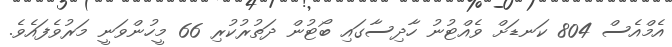
އެމްއެސް 804 ކަނޑަށް ވެއްޓުނު ހާދިސާގައި ބޯޓުން ދަތުރުކުރި 66 މީހުންވަނީ މަރުވެފައެވެ.